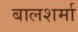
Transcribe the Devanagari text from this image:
बालशर्मा